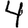
Digit: 4